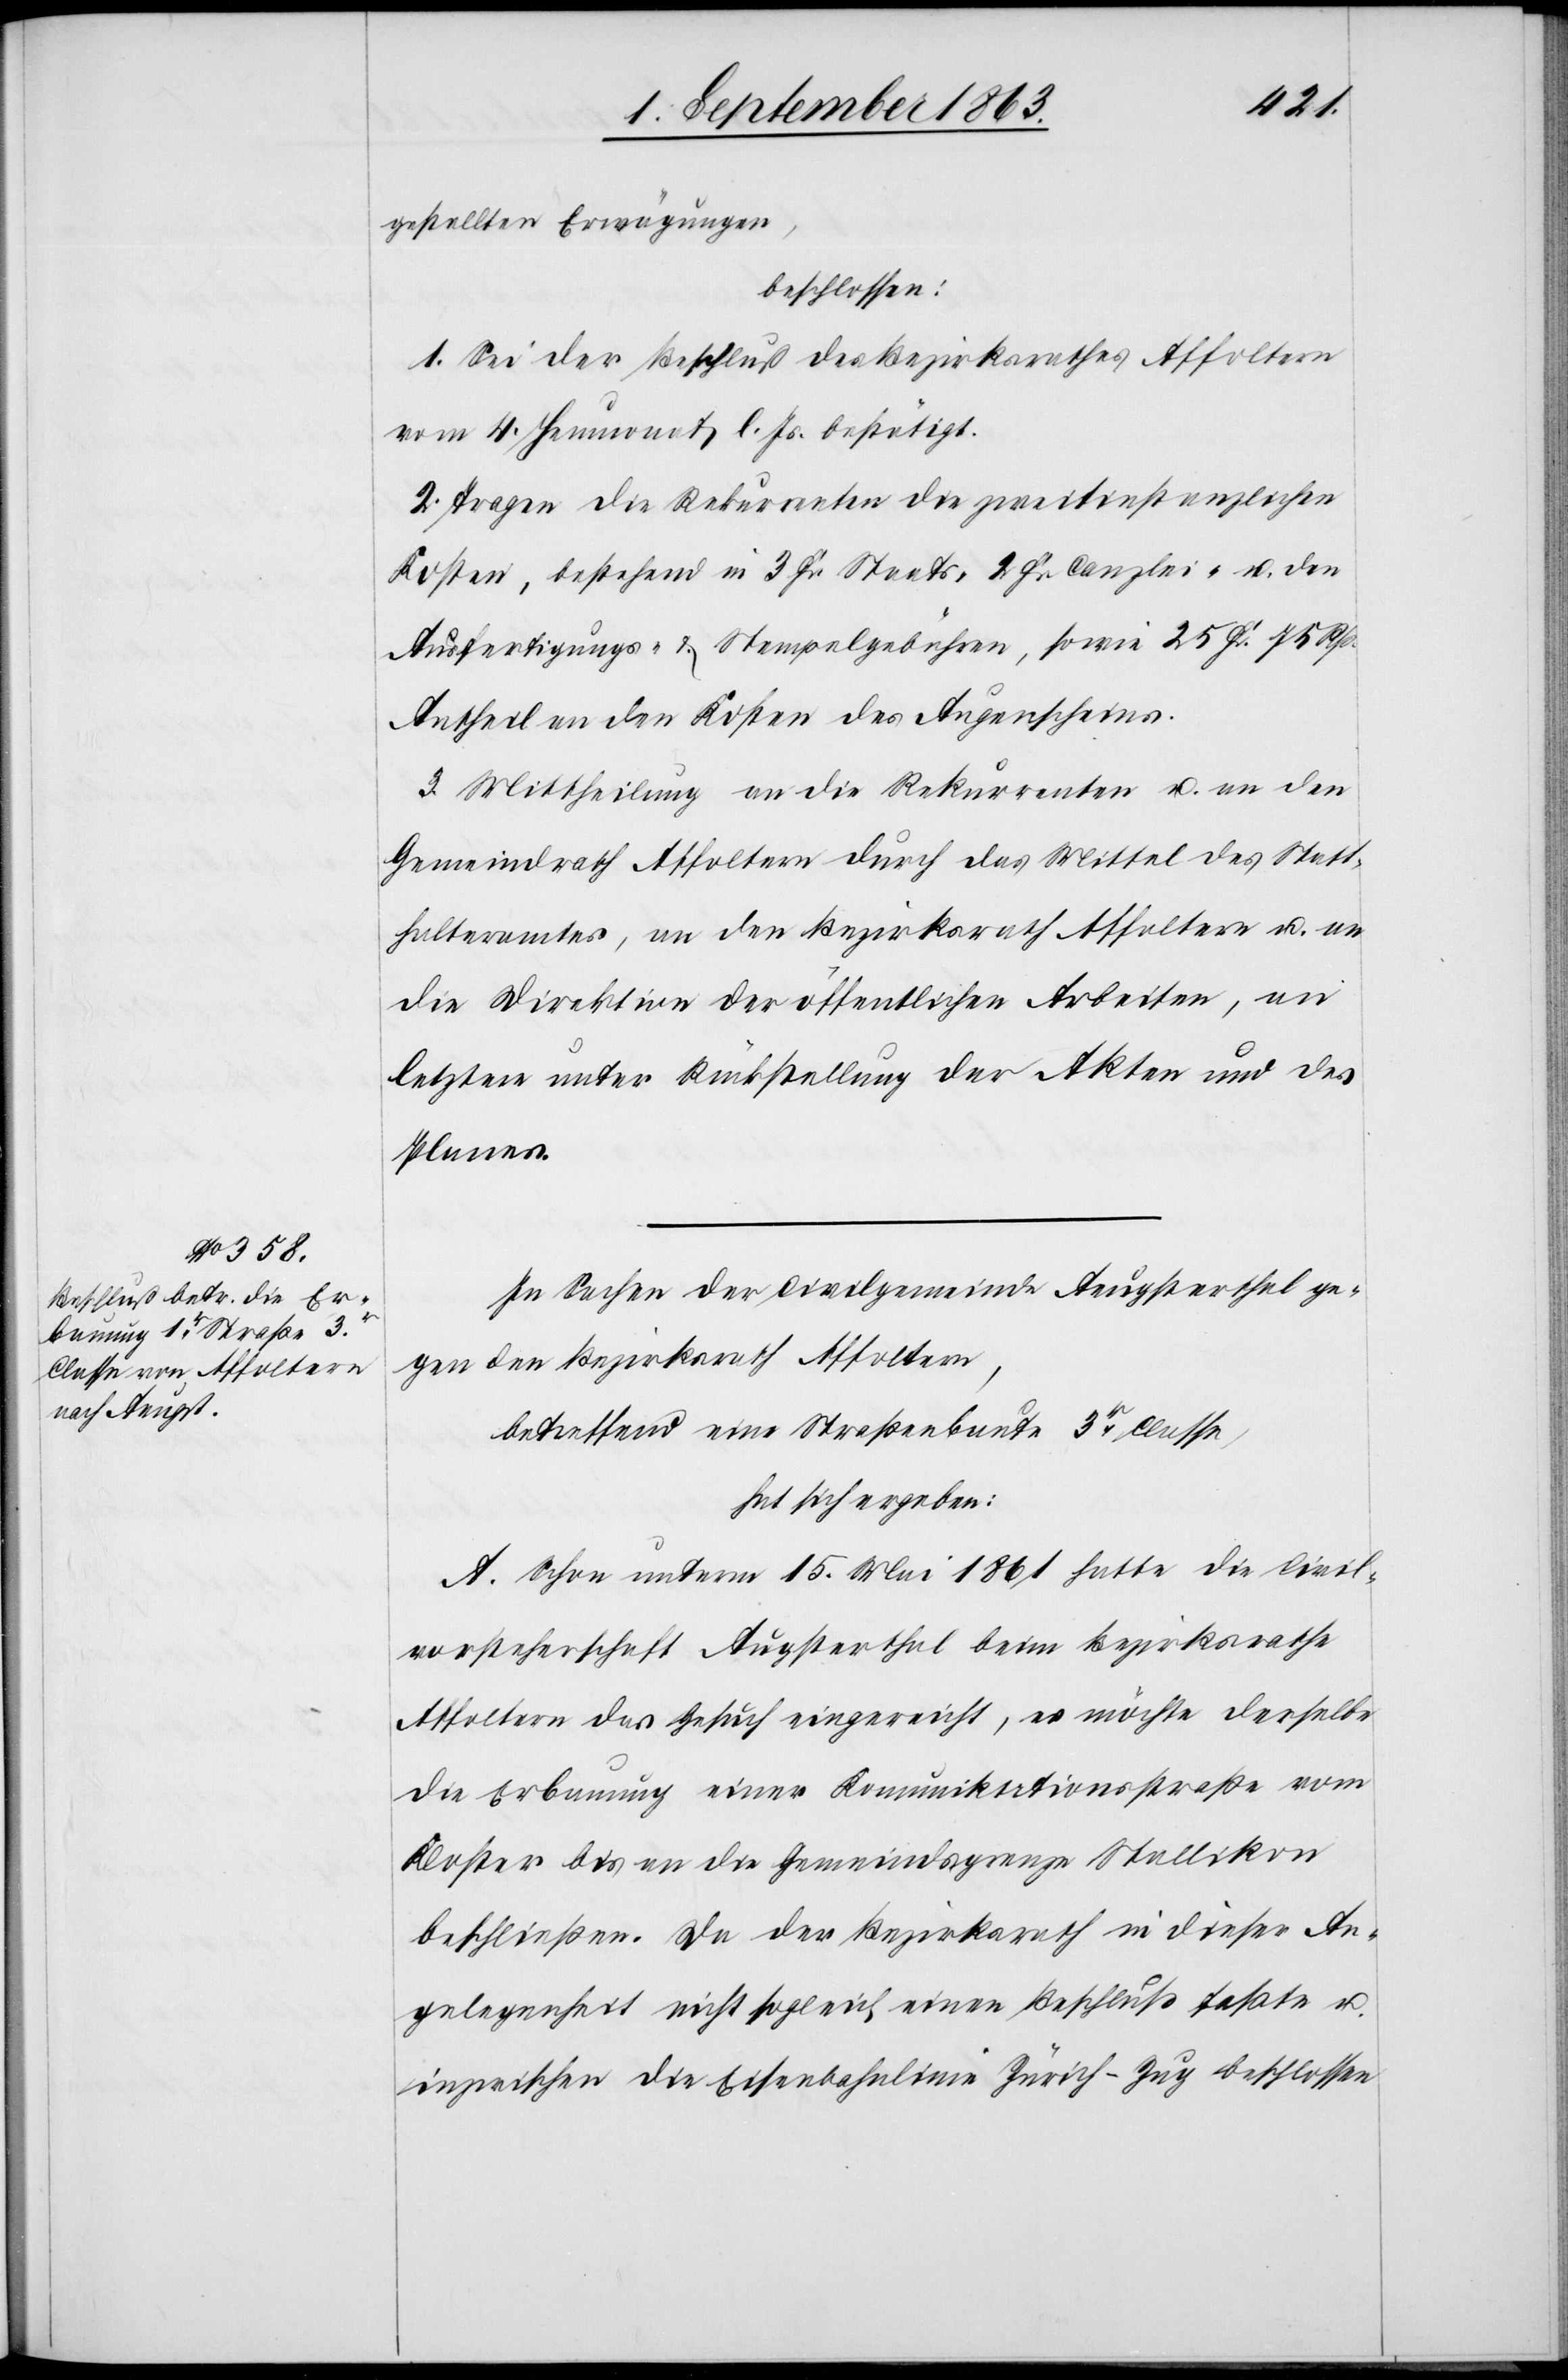
gestellten Erwägungen,
beschlossen:
1. Sei der Beschluß des Bezirksrathes Affoltern
vom 4. Heumonat l. Js. bestätigt.
2. Tragen die Rekurrenten die zweitinstanzlichen
Kosten, bestehend in 3 Fr. Staats-[,] 2 Fr. Canzlei- u. den
Ausfertigungs- & Stempelgebühren, sowie 25 Fr. 75 Rp.
Antheil an den Kosten des Augenscheins.
3. Mittheilung an die Rekurrenten u. an den
Gemeindrath Affoltern durch das Mittel des Statt¬
halteramtes, an den Bezirksrath Affoltern u. an
die Direktion der öffentlichen Arbeiten, an
letztere unter Rückstellung der Akten und des
Planes.
In Sachen der Civilgemeinde Aeugsterthal ge¬
gen den Bezirksrath Affoltern,
betreffend eine Straßenbaute 3r Classe,
hat sich ergeben:
A. Schon unterm 15. Mai 1861 hatte die Civil¬
vorsteherschaft Augsterthal [sic!] beim Bezirksrathe
Affoltern das Gesuch eingereicht, es möchte derselbe
die Erbauung einer Komunikationsstraße vom
Kloster bis an die Gemeindsgrenze Stallikon
beschließen. Da der Bezirksrath in dieser An¬
gelegenheit nicht sogleich einen Beschluß faßte u.
inzwischen die Eisenbahnlinie Zürich–Zug beschlossen